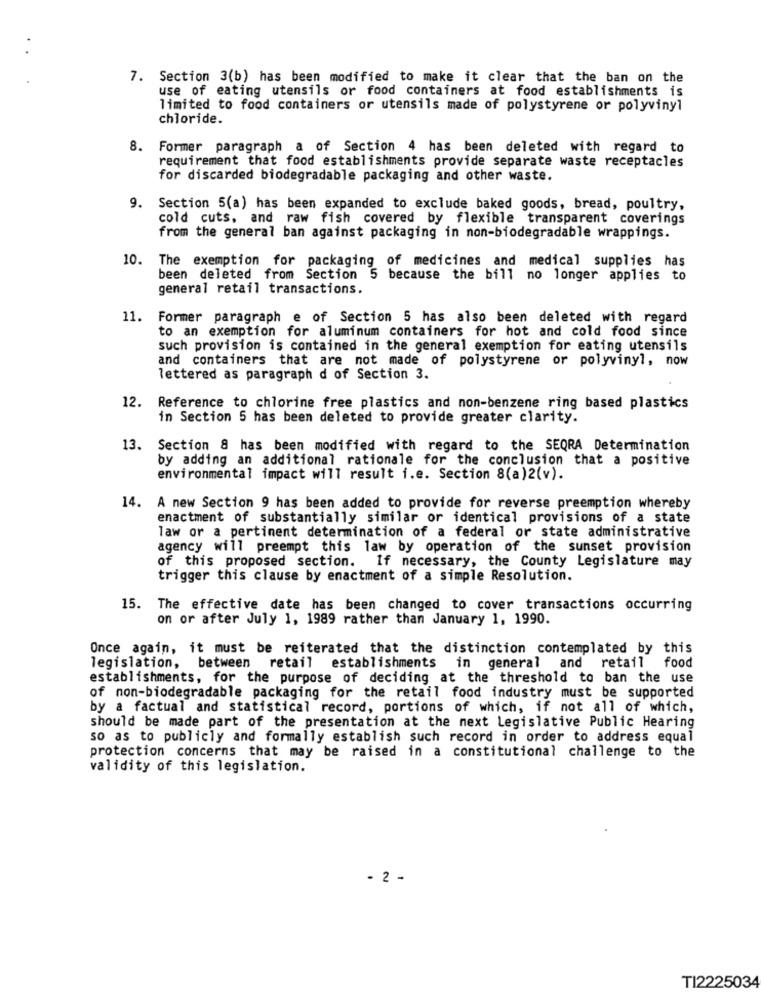
7. Section 3(b) has been modified to make it clear that the ban on the
use of eating utensils or food containers at food establishments is
limited to food containers or utensils made of polystyrene or polyvinyl
chloride.
8. Former paragraph a of Section 4 has been deleted with regard to
requirement that food establishments provide separate waste receptacles
for discarded biodegradable packaging and other waste.
9. Section 5(a) has been expanded to exclude baked goods, bread, poultry,
cold cuts, and raw fish covered by flexible transparent coverings
from the general ban against packaging in non-biodegradable wrappings.
10. The exemption for packaging of medicines and medical supplies has
been deleted from Section 5 because the bill no longer applies to
general retail transactions.
11. Former paragraph e of Section 5 has also been deleted with regard
to an exemption for aluminum containers for hot and cold food since
such provision is contained in the general exemption for eating utensils
and containers that are not made of polystyrene or polyvinyl, now
lettered as paragraph d of Section 3.
12. Reference to chlorine free plastics and non-benzene ring based plastics
in Section 5 has been deleted to provide greater clarity.
13. Section & has been modified with regard to the SEQRA Determination
by adding an additional rationale for the conclusion that a positive
environmental impact will result i.e. Section 8(a)2(v).
14. A new Section 9 has been added to provide for reverse preemption whereby
enactment of substantially similar or identical provisions of a state
law or a pertinent determination of a federal or state administrative
agency will preempt this law by operation of the sunset provision
of this proposed section. If necessary, the County Legislature may
trigger this clause by enactment of a simple Resolution.
15. The effective date has been changed to cover transactions occurring
on or after July 1, 1989 rather than January 1, 1990.
Once again, it must be reiterated that the distinction contemplated by this
food
legislation, between retail establishments in general and retail
establishments, for the purpose of deciding at the threshold to ban the use
of non-biodegradable packaging for the retail food industry must be supported
by a factual and statistical record, portions of which, if not all of which,
should be made part of the presentation at the next Legislative Public Hearing
so as to publicly and formally establish such record in order to address equal
protection concerns that may be raised in a constitutional challenge to the
validity of this legislation.
- 2 -
TI2225034